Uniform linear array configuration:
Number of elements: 12
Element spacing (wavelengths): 0.5
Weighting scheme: uniform
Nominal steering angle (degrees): -60
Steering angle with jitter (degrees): -58.08
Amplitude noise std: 0.05
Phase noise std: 0.05

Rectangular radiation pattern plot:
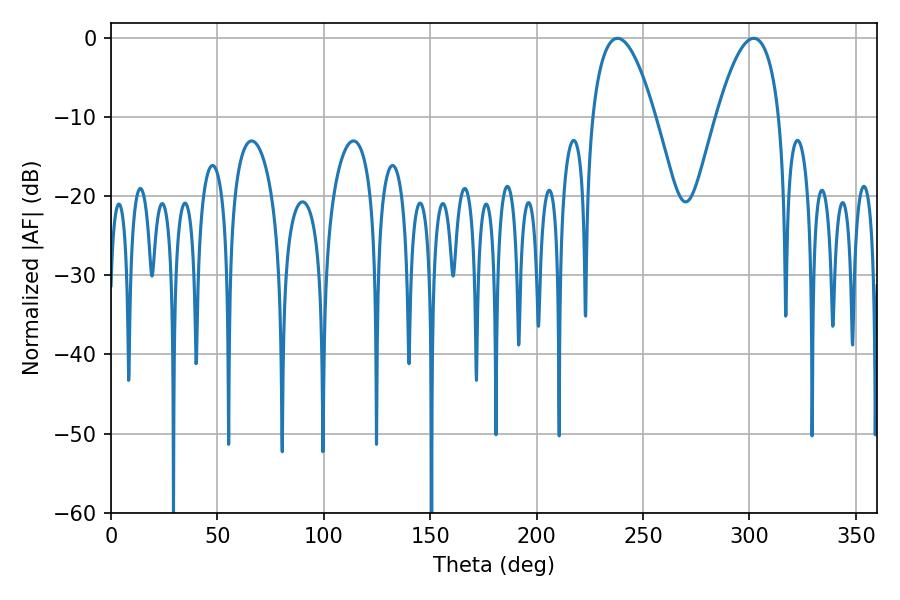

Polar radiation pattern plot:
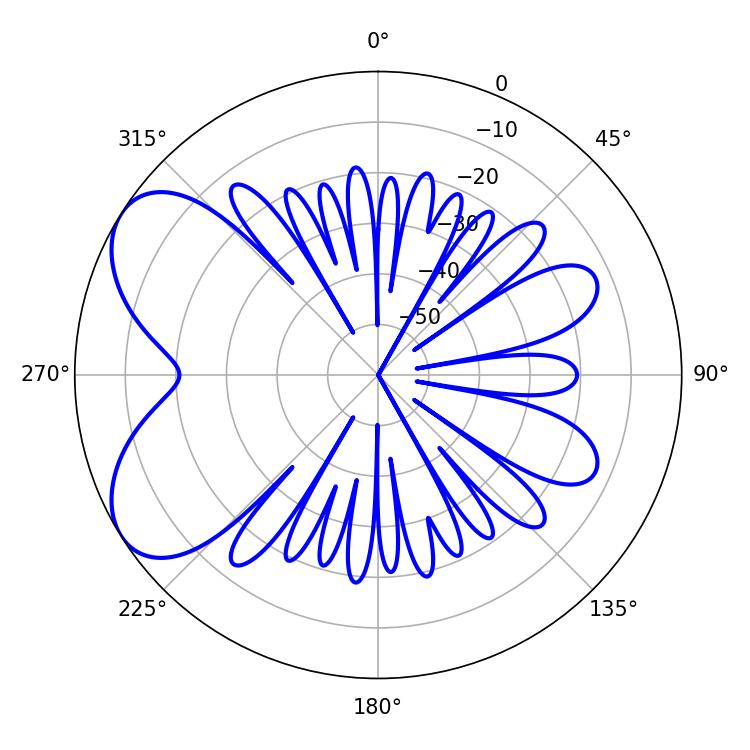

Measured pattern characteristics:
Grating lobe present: FALSE
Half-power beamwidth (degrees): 16.38
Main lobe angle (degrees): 302.04